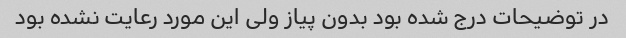
در توضیحات درج شده بود بدون پیاز ولی این مورد رعایت نشده بود